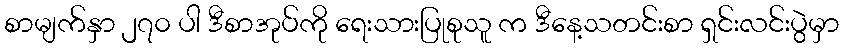
စာမျက်နှာ ၂၇၀ ပါ ဒီစာအုပ်ကို ရေးသားပြုစုသူ က ဒီနေ့သတင်းစာ ရှင်းလင်းပွဲမှာ